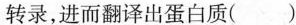
转录，进而翻译出蛋白质（）